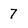
Character: 7